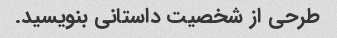
طرحی از شخصیت داستانی بنویسید.